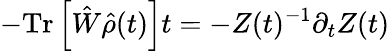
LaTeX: -\mathrm{Tr}\left[\hat{W}\hat{\rho}(t)\right]t=-Z(t)^{-1}\partial_{t}Z(t)